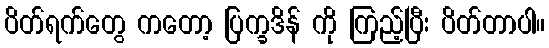
ပိတ်ရက်တွေ ကတော့ ပြက္ခဒိန် ကို ကြည့်ပြီး ပိတ်တာပါ။